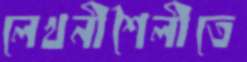
লেখনীশৈলীতে